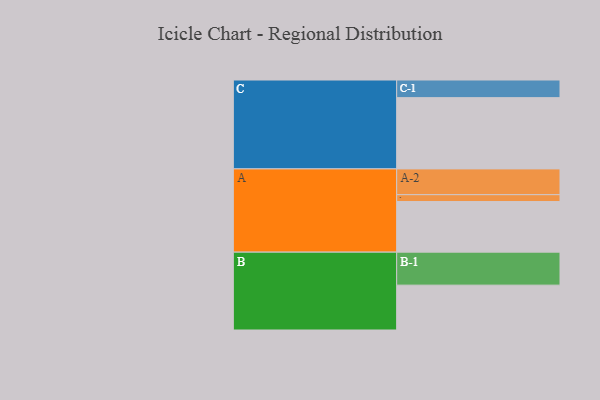
{"axis": {"x": "Segment", "y": "Value"}, "legend": ["", "A", "B", "C"], "data": [{"x": "A", "y": 422, "type": ""}, {"x": "B", "y": 374, "type": ""}, {"x": "C", "y": 594, "type": ""}, {"x": "A-1", "y": 57, "type": "A"}, {"x": "A-2", "y": 215, "type": "A"}, {"x": "B-1", "y": 275, "type": "B"}, {"x": "C-1", "y": 147, "type": "C"}]}